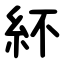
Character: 紑